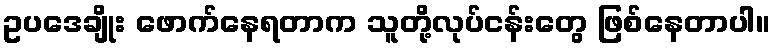
ဥပဒေချိုး ဖောက်နေရတာက သူတို့လုပ်ငန်းတွေ ဖြစ်နေတာပါ။